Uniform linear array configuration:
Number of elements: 24
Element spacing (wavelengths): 0.5
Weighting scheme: hamming
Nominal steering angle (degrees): -45
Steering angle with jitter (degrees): -46.458
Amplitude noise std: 0.05
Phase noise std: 0.05

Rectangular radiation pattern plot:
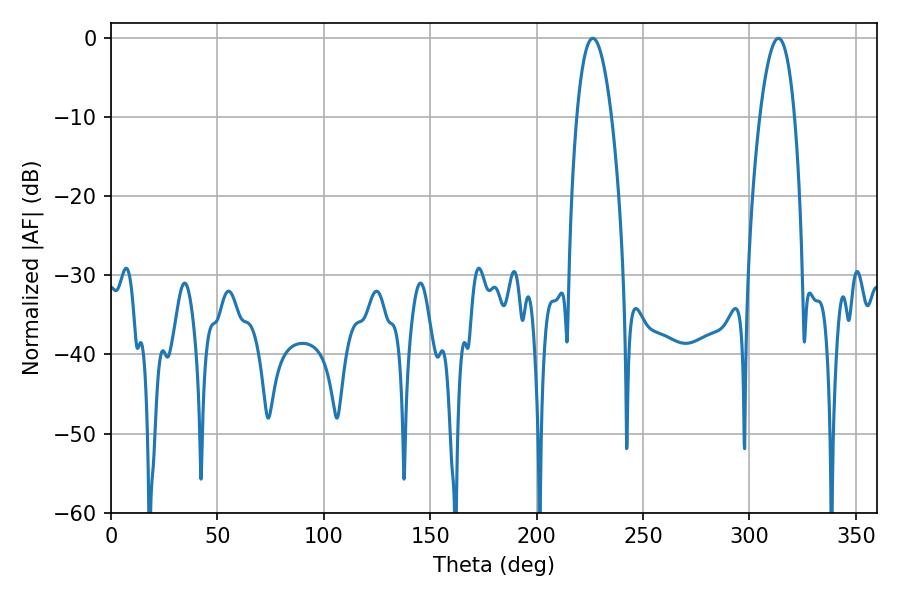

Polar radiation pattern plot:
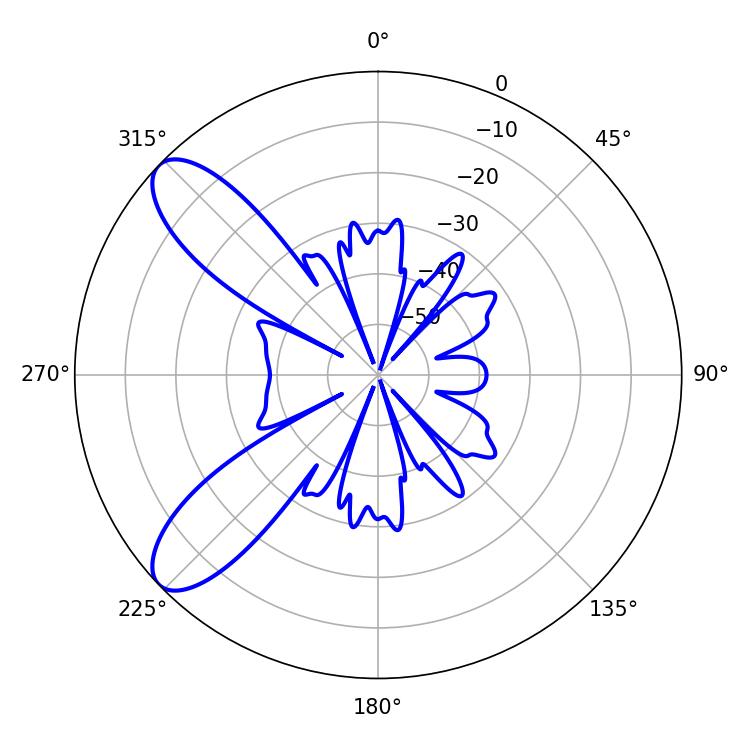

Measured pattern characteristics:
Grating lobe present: FALSE
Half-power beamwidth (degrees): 9
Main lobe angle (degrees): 313.56